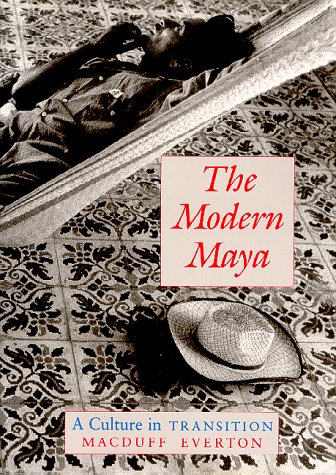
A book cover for The Modern Maya: A Culture in Transition; Macduff Everton; History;